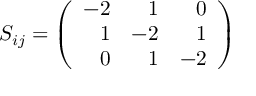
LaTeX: S _ { i j } = \left( \begin{array} { r r r } { { - 2 } } & { { 1 } } & { { 0 } } \\ { { 1 } } & { { - 2 } } & { { 1 } } \\ { { 0 } } & { { 1 } } & { { - 2 } } \end{array} \right)